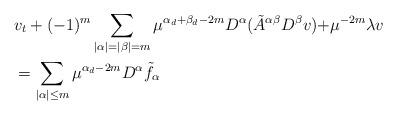
LaTeX: \begin{align*}&v_t+(-1)^m\sum_{|\alpha|=|\beta|=m}\mu^{\alpha_d+\beta_d-2m}D^\alpha (\tilde{A}^{{\alpha}{\beta}}D^\beta v){+\mu^{-2m}\lambda v}\\&=\sum_{|\alpha|\le m}\mu^{\alpha_d-2m}D^\alpha \tilde{f}_\alpha\end{align*}